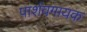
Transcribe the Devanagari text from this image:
पार्शवगायक